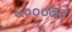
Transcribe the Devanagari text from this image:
५०००का